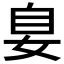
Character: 𪥴